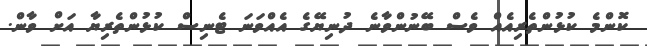
ކޮންމެ ކުޅުންތެރިއެއް ވެސް ބޭނުންވާނެ ދުނިޔޭގެ އެއްވަނަ ޓެނިސް ކުޅުންތެރިޔާ އަށް ވާން.